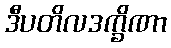
ဒီပတိလဒက္ခိဏာ